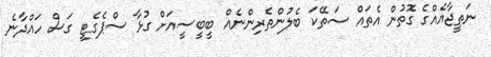
ނަތީޖާއެއްގެ ގޮތުން އެތައް ސަތޭކަ ބެލުންތެރިންނެއް ބީބީސީއަށް ގުޅާ ސްޕެގެޓީ ގަސް ހައްދާނެ